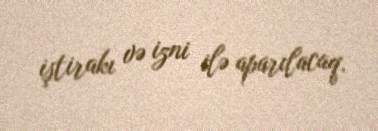
iştirakı və izni ilə aparılacaq.